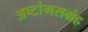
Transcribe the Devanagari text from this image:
अष्टांगसग्रंह